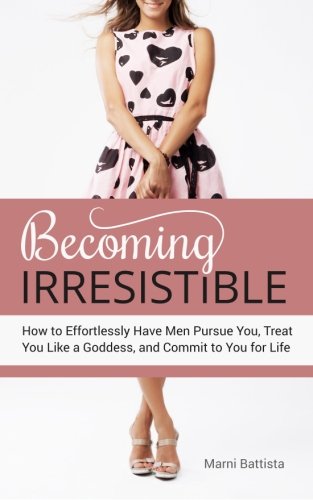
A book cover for Becoming Irresistible: How to Effortlessly Have Men Pursue You, Treat You Like a Goddess, and Commit to You for Life; Marni Battista; Self-Help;